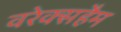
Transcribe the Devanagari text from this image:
वरेक्सहैम